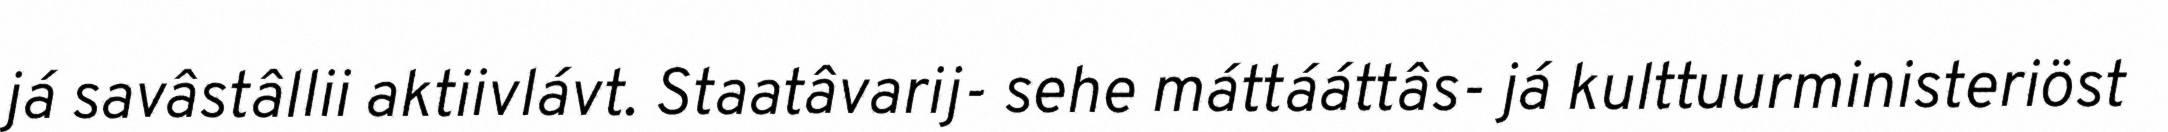
já savâstâllii aktiivlávt. Staatâvarij- sehe máttááttâs- já kulttuurministeriöst